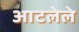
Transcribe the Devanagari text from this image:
आटलेले